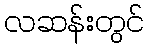
လဆန်းတွင်